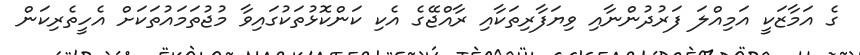
ގެ އަމާޒަކީ އަމިއްލަ ފަރުދުންނާއި ވިޔަފާރިތަކާއި ރާއްޖޭގެ އެކި ކަންކޮޅުތަކުގައިވާ މުޖުތަމައުތަކަށް އެހީތެރިކަން